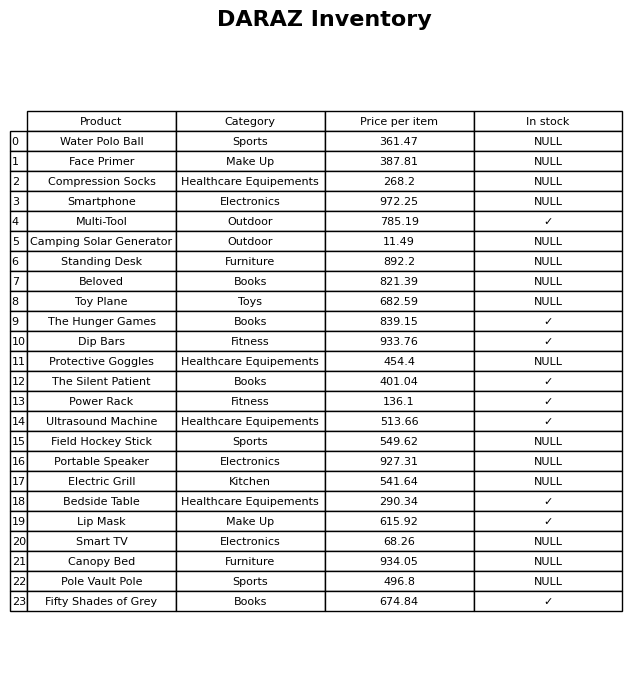
question: What is the price for Electric Grill?
answer: The price of Electric Grill is 541.64.